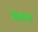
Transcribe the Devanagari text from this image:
रैक्वाढ़